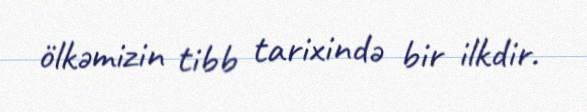
ölkəmizin tibb tarixində bir ilkdir.